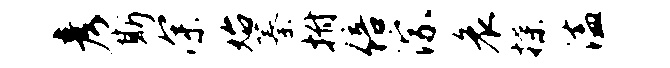
彦斯深始蓁拊倍淙哀揲溘